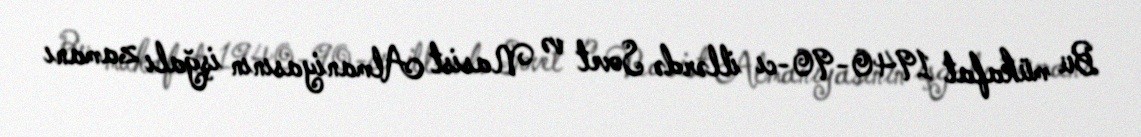
Bu mükafat 1940-90-cı illərdə Sovet və Nasist Almaniyasının işğalı zamanı